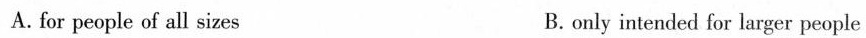
A. for people of all sizes B. only intended for larger people